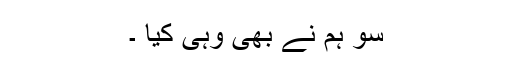
سو ہم نے بھی وہی کیا ۔